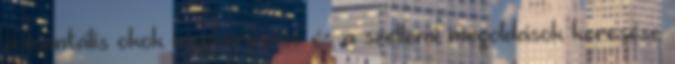
a mentális okok megkeresése és a szellemi megoldások keresése